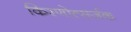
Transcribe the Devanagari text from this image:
किरणोत्सर्जक